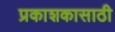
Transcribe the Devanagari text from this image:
प्रकाशकासाठी